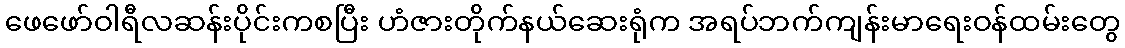
ဖေဖော်ဝါရီလဆန်းပိုင်းကစပြီး ဟံဇားတိုက်နယ်ဆေးရုံက အရပ်ဘက်ကျန်းမာရေးဝန်ထမ်းတွေ